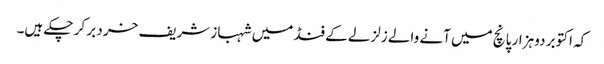
کہ اکتوبر دو ہزار پانچ میں آنے والے زلزلے کے فنڈ میں شہباز شریف خرد بر کر چکے ہیں۔